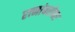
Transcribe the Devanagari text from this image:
रत्नांबरोबर